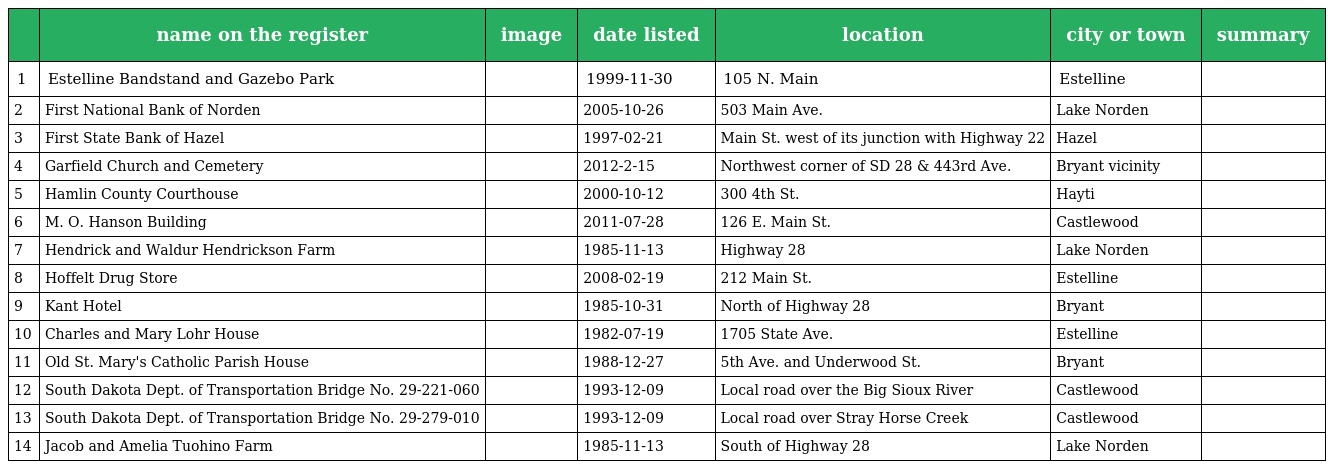
|  | name on the register | image | date listed | location | city or town | summary |
 | --- | --- | --- | --- | --- | --- | --- |
 | 1 | Estelline Bandstand and Gazebo Park |  | 1999-11-30 | 105 N. Main | Estelline |  |
 | 2 | First National Bank of Norden |  | 2005-10-26 | 503 Main Ave. | Lake Norden |  |
 | 3 | First State Bank of Hazel |  | 1997-02-21 | Main St. west of its junction with Highway 22 | Hazel |  |
 | 4 | Garfield Church and Cemetery |  | 2012-2-15 | Northwest corner of SD 28 & 443rd Ave. | Bryant vicinity |  |
 | 5 | Hamlin County Courthouse |  | 2000-10-12 | 300 4th St. | Hayti |  |
 | 6 | M. O. Hanson Building |  | 2011-07-28 | 126 E. Main St. | Castlewood |  |
 | 7 | Hendrick and Waldur Hendrickson Farm |  | 1985-11-13 | Highway 28 | Lake Norden |  |
 | 8 | Hoffelt Drug Store |  | 2008-02-19 | 212 Main St. | Estelline |  |
 | 9 | Kant Hotel |  | 1985-10-31 | North of Highway 28 | Bryant |  |
 | 10 | Charles and Mary Lohr House |  | 1982-07-19 | 1705 State Ave. | Estelline |  |
 | 11 | Old St. Mary's Catholic Parish House |  | 1988-12-27 | 5th Ave. and Underwood St. | Bryant |  |
 | 12 | South Dakota Dept. of Transportation Bridge No. 29-221-060 |  | 1993-12-09 | Local road over the Big Sioux River | Castlewood |  |
 | 13 | South Dakota Dept. of Transportation Bridge No. 29-279-010 |  | 1993-12-09 | Local road over Stray Horse Creek | Castlewood |  |
 | 14 | Jacob and Amelia Tuohino Farm |  | 1985-11-13 | South of Highway 28 | Lake Norden |  |